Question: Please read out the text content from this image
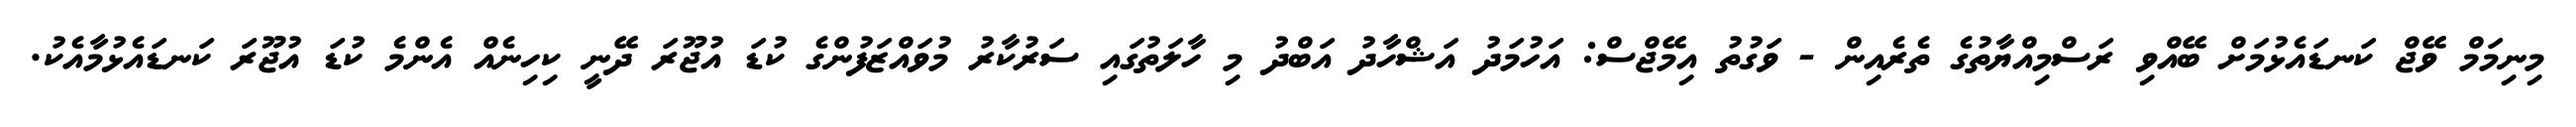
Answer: މިނިމަމް ވޭޖް ކަނޑައެޅުމަށް ބޭއްވި ރަސްމިއްޔާތުގެ ތެރެއިން - ވަގުތު އިމޭޖްސް: އަހުމަދު އަޝްހާދު އަބްދު މި ހާލަތުގައި ސަރުކާރު މުވައްޒަފުންގެ ކުޑަ އުޖޫރަ ދޭނީ ކިހިނެއް އެންމެ ކުޑަ އުޖޫރަ ކަނޑައެޅުމާއެކު.